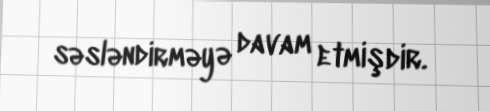
səsləndirməyə davam etmişdir.